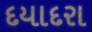
દયાદરા